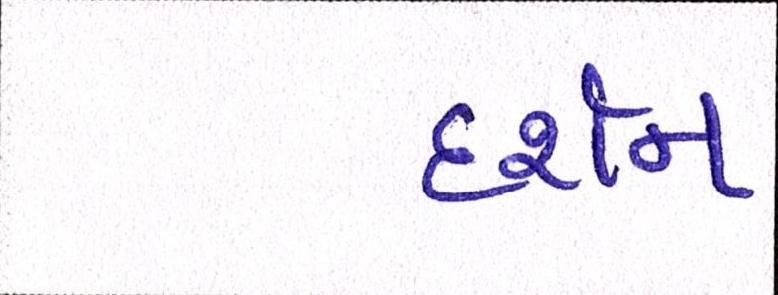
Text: દર્શન